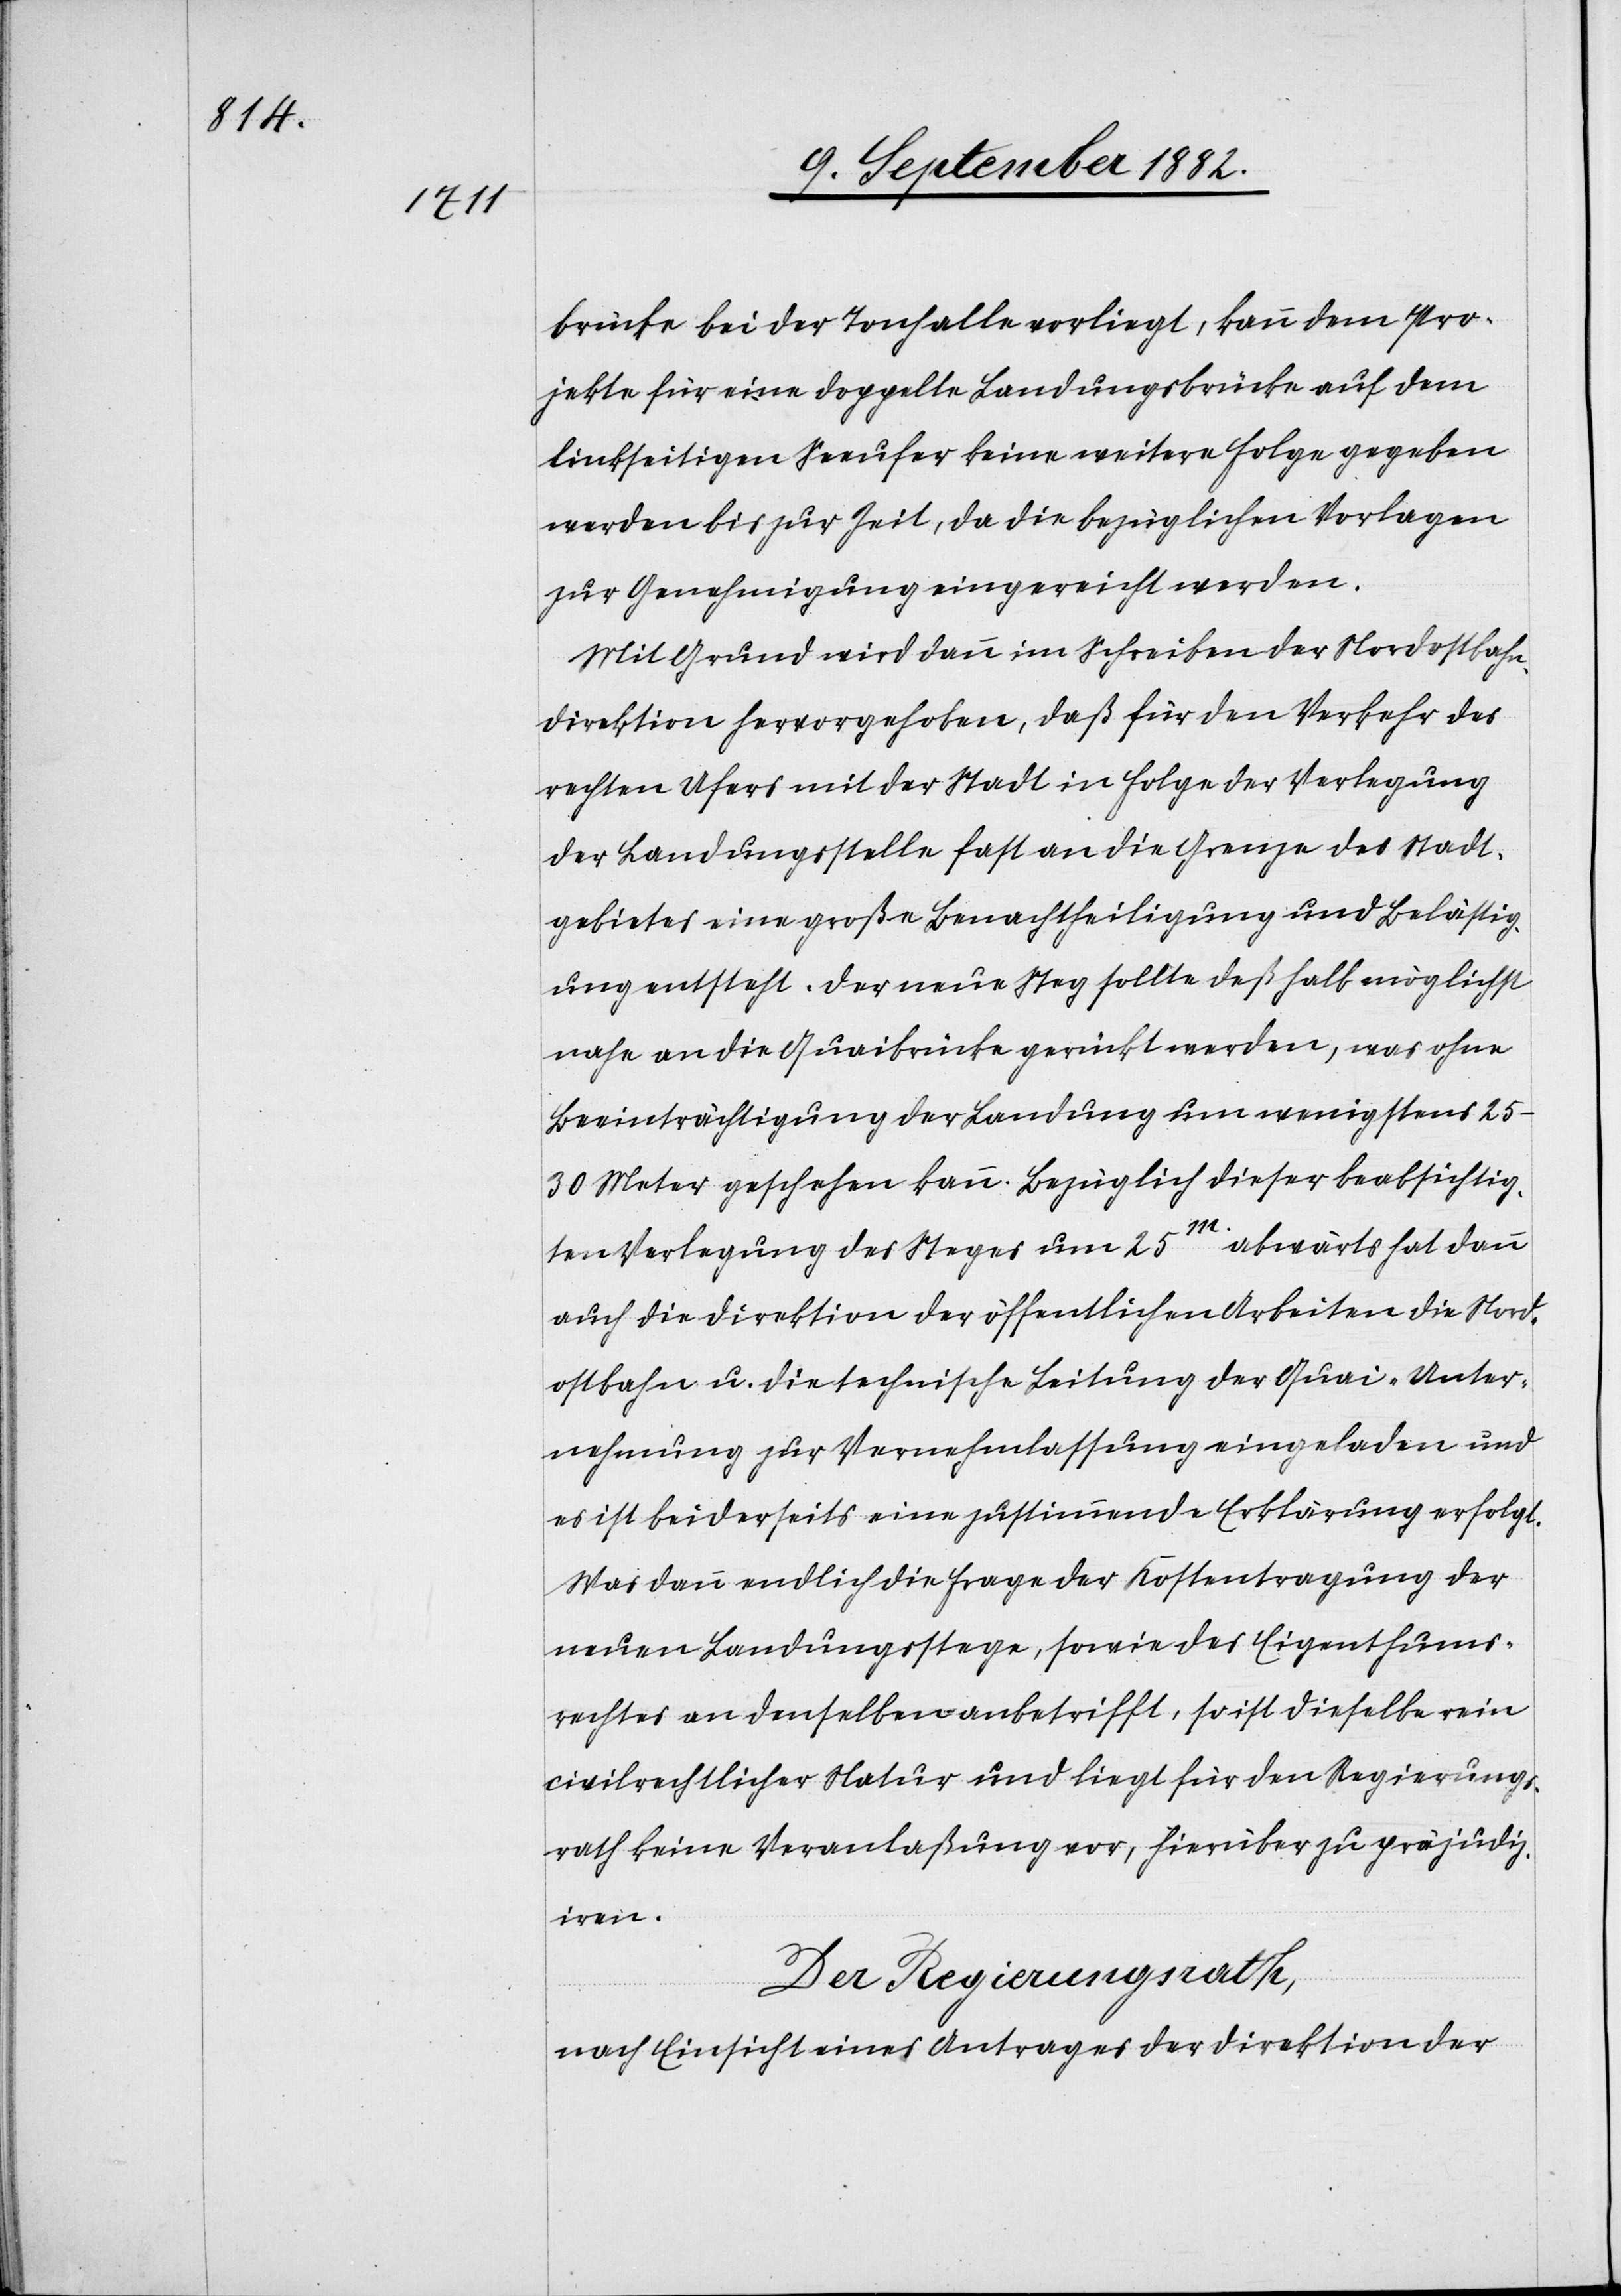
brücke bei der Tonhalle vorliegt, kann dem Pro¬
jekte für eine doppelte Landungsbrücke auf dem
linksseitigen Seeufer keine weitere Folge gegeben
werden bis zur Zeit, da die bezüglichen Vorlagen
zur Genehmigung eingereicht werden.
Mit Grund wird dann im Schreiben der Nordostbahn¬
direktion hervorgehoben, daß für den Verkehr des
rechten Ufers mit der Stadt in Folge der Verlegung
der Landungsstelle fast an die Grenze des Stadt¬
gebietes eine große Benachtheiligung und Belästig¬
ung entsteht. Der neue Steg sollte deßhalb möglichst
nahe an die Quaibrücke gerückt werden, was ohne
Beeinträchtigung der Landung um wenigstens
25–30 Meter geschehen kann. Bezüglich dieser beabsichtig¬
ten Verlegung des Steges um 25m. abwärts hat dann
auch die Direktion der öffentlichen Arbeiten die Nord¬
ostbahn u. die technische Leitung der Quai-Unter¬
nehmung zur Vernehmlassung eingeladen und
es ist beiderseits eine zustimmende Erklärung erfolgt.
Was dann endlich die Frage der Kostentragung der
neuen Landungsstege, sowie des Eigenthums¬
rechtes an denselben anbetrifft, so ist dieselbe rein
civilrechtlicher Natur und liegt für den Regierungs¬
rath keine Veranlaßung vor, hierüber zu präjudiz¬
iren.
Der Regierungsrath,
nach Einsicht eines Antrages der Direktion der